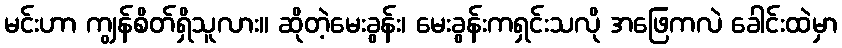
မင်းဟာ ကျွန်စိတ်ရှိသူလား။ ဆိုတဲ့မေးခွန်း၊ မေးခွန်းကရှင်းသလို အဖြေကလဲ ခေါင်းထဲမှာ